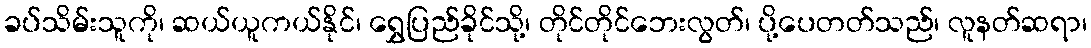
ခပ်သိမ်းသူကို၊ ဆယ်ယူကယ်နိုင်၊ ရွှေပြည်ခိုင်သို့၊ တိုင်တိုင်ဘေးလွတ်၊ ပို့ပေတတ်သည်၊ လူနတ်ဆရာ၊